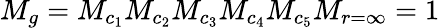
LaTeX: M_{g}=M_{c_{1}}M_{c_{2}}M_{c_{3}}M_{c_{4}}M_{c_{5}}M_{r=\infty}=1